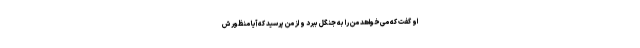
او گفت که می‌خواهد من را به جنگل ببرد و از من پرسید که آیا منظورش